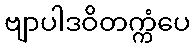
ဗျာပါဒဝိတက္ကံပေ